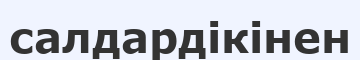
салдардікінен